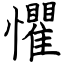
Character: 懼